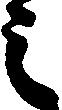
之